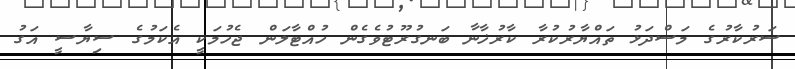
ސަރުކާރުގެ މަސްދަޅު ތައްޔާރުކުރާ ކާރުޚާނާ ބަނގުރޫޓުވެގެން ހުއްޓާލަން ޖެހުމަކީ އެކަމުގެ ސިޔާސީ އަގު